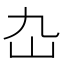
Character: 𡴴